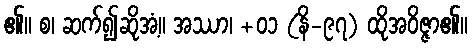
၏။ စ၊ ဆက်၍ဆိုအံ့။ အဿာ၊ +၀၁ (နိ-၉၇) ထိုအဝိဇ္ဇာ၏။